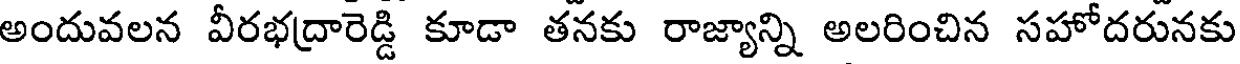
అందువలన వీరభద్రారెడ్డి కూడా తనకు రాజ్యాన్ని అలరించిన సహోదరునకు